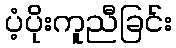
ပံ့ပိုးကူညီခြင်း